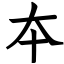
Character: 夲